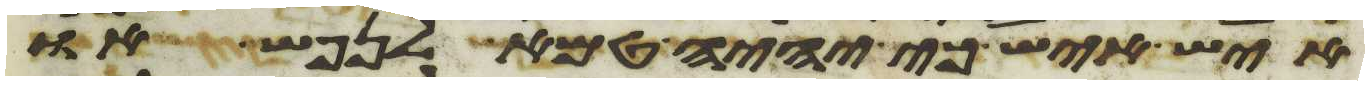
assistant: איש איש כי יהיה טמא לנפש או